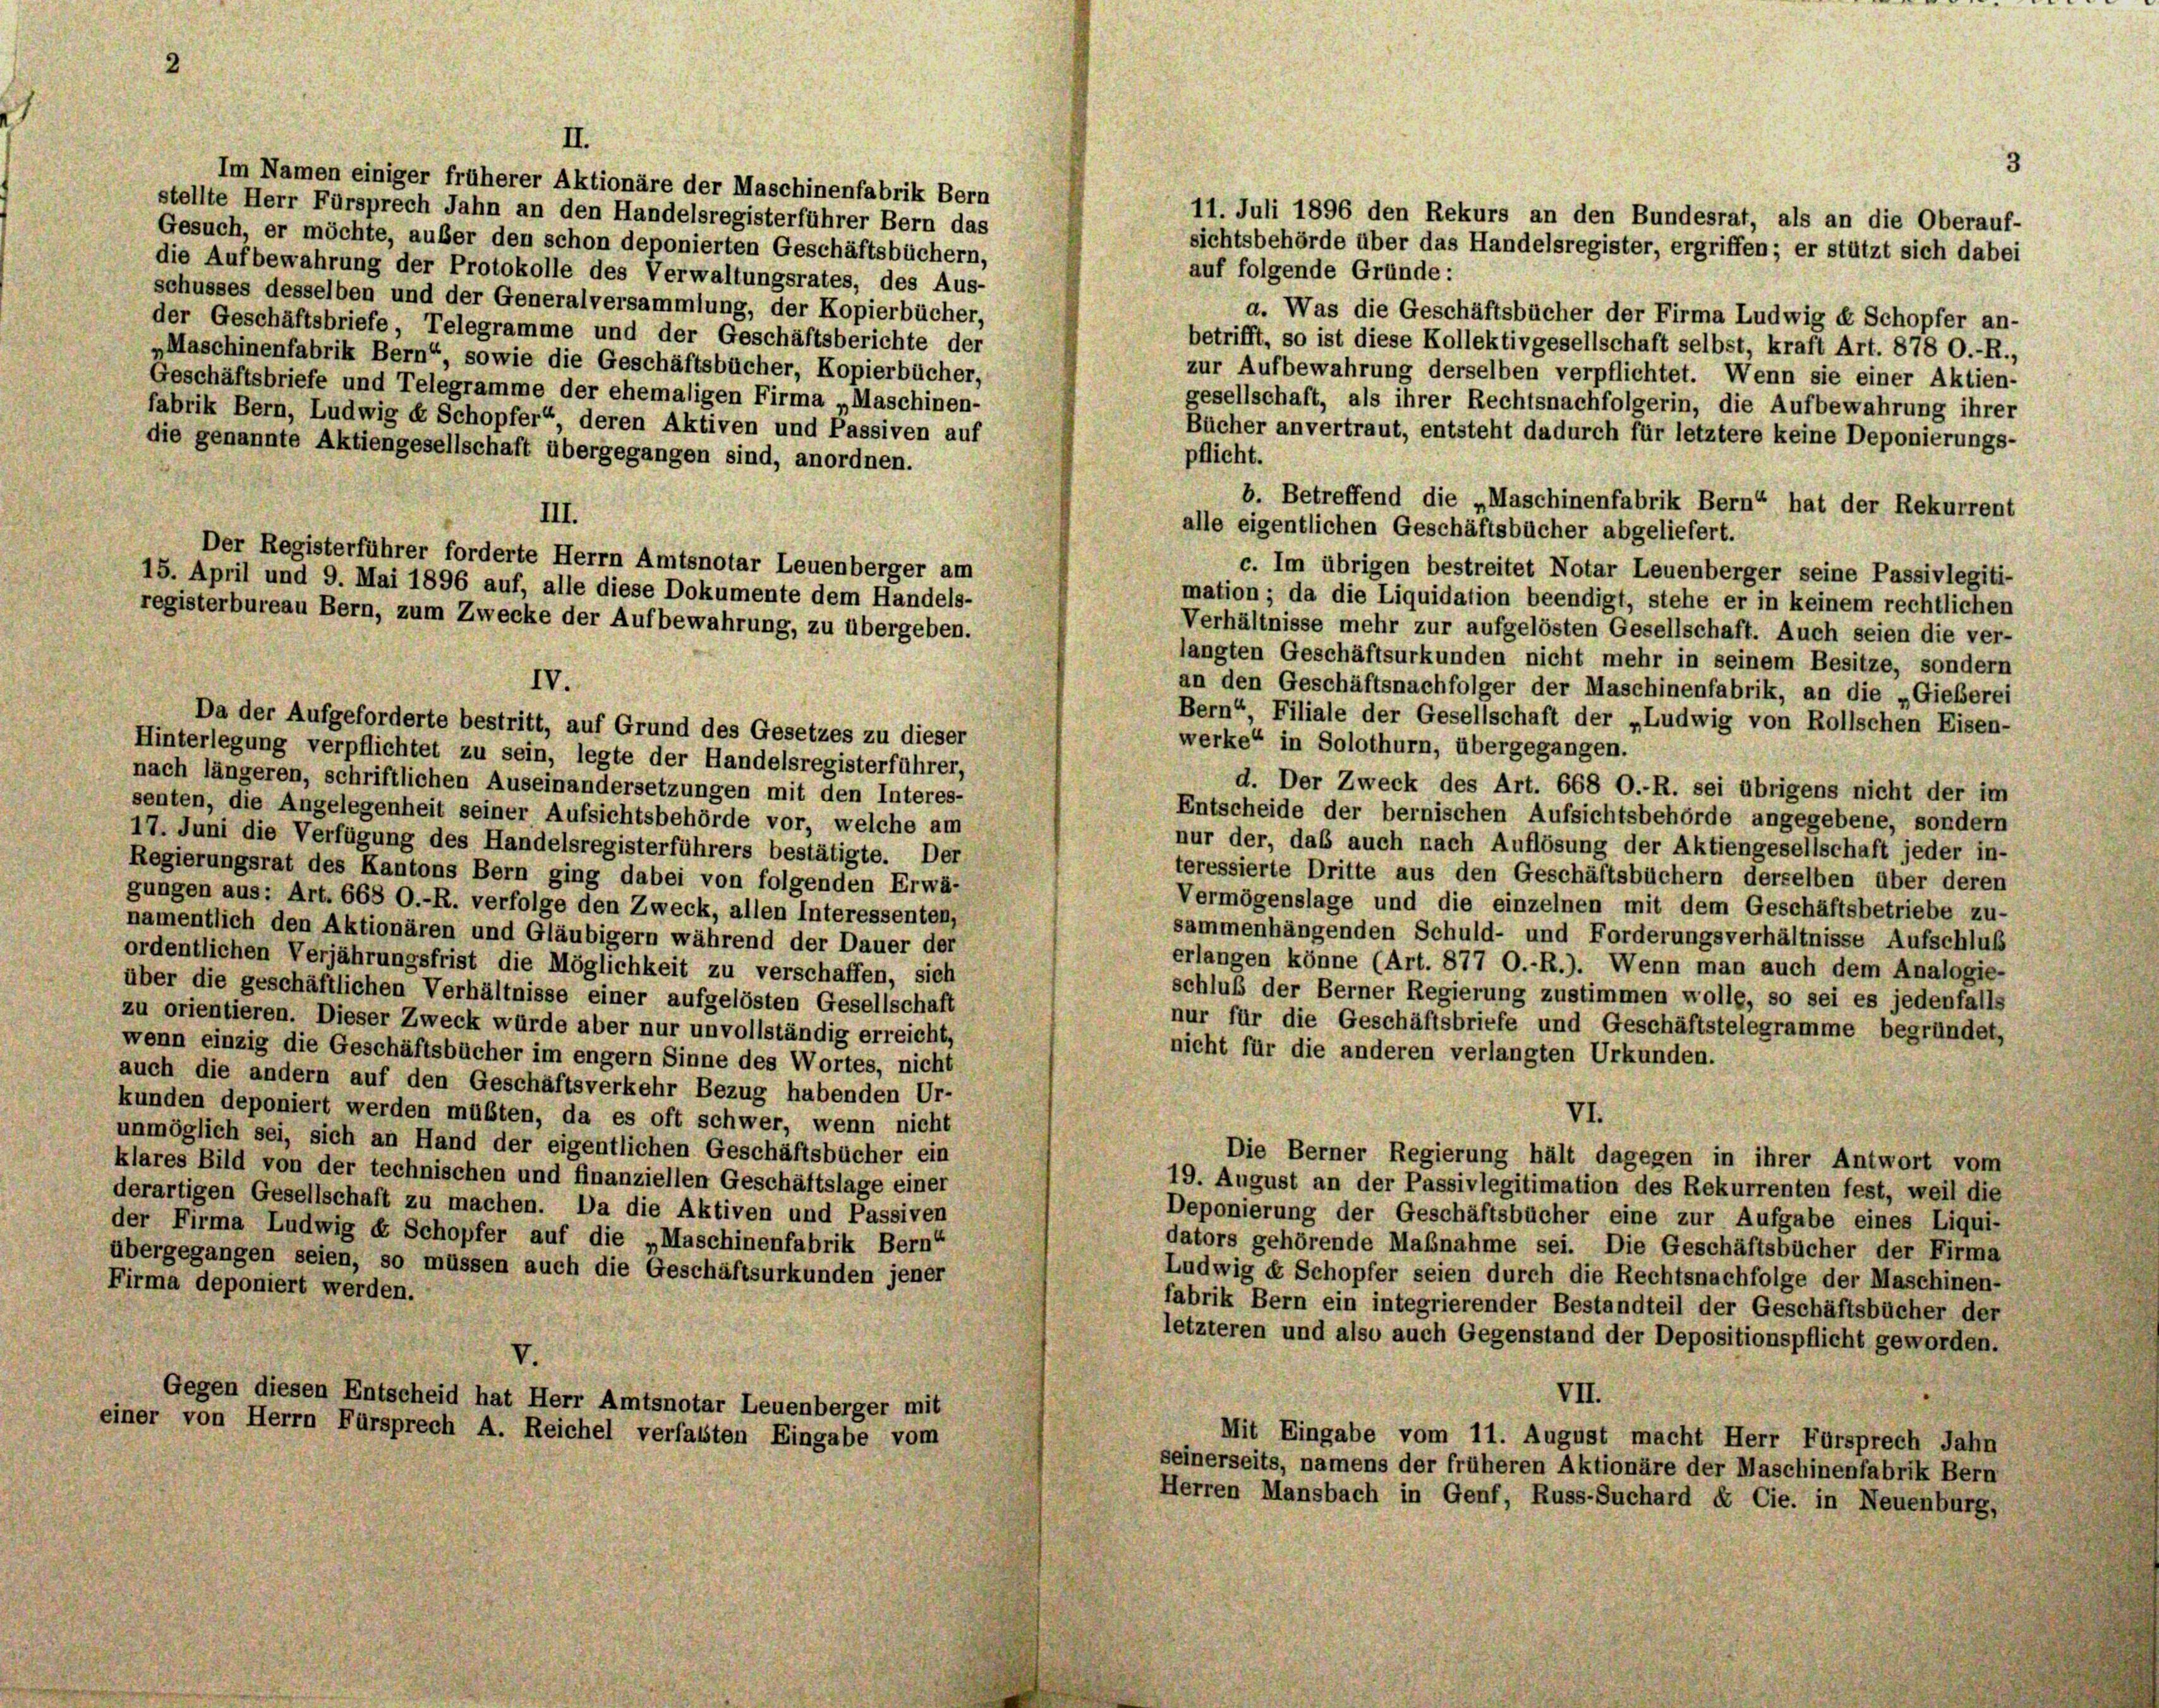
stellte Herr Fürsprech Jahn an den Handelsregisterführer Bern das
11. Juli 1896 den Rekurs an den Bundesrat, als an die Oberauf-
Gesuch, er möchte, außer den schon deponierten Geschäftsbüchern,
sichtsbehörde über das Handelsregister, ergriffen; er stützt sich dabei
auf folgende Gründe:
die Aufbewahrung der Protokolle des Verwaltungsrates, des Aus-
schusses desselben und der Generalversammlung, der Kopierbücher,
a. Was die Geschäftsbücher der Firma Ludwig et Schopfer an-
der Geschäftsbriefe, Telegramme und der Geschäftsberichte der
betrifft, so ist diese Kollektivgesellschaft selbst, kraft Art. 878 O.-R.,
„Maschinenfabrik Bern“, sowie die Geschäftsbücher, Kopierbücher,
zur Aufbewahrung derselben verpflichtet. Wenn sie einer Aktien-
Geschäftsbriefe und Telegramme der ehemaligen Firma „Maschinen-
gesellschaft, als ihrer Rechtsnachfolgerin, die Aufbewahrung ihrer
fabrik Bern, Ludwig dr Schopfer“ deren Aktiven und Passiven auf
Bücher anvertraut, entsteht dadurch für letztere keine Deponierungs-
die genannte Aktiengesellschaft übergegangen sind, anordnen.
pflicht.
b. Betreffend die „Maschinenfabrik Bern“ hat der Rekurrent
III.
alle eigentlichen Geschäftsbücher abgeliefert.
Der Registerführer forderte Herrn Amtsnotar Leuenberger am
c. Im übrigen bestreitet Notar Leuenberger seine Passivlegiti-
15. April und 9. Mai 1896 auf, alle diese Dokumente dem Handels-
mation ; da die Liquidation beendigt, stehe er in keinem rechtlichen
registerbureau Bern, zum Zwecke der Aufbewahrung, zu übergeben.
Verhältnisse mehr zur aufgelösten Gesellschaft. Auch seien die ver-
langten Geschäftsurkunden nicht mehr in seinem Besitze, sondern
an den Geschäftsnachfolger der Maschinenfabrik, an die „Gieberei
Bern“ Filiale der Gesellschaft der „Ludwig von Rollschen Eisen-
Da der Aufgeforderte bestritt, auf Grund des Gesetzes zu dieser
werke“ in Solothurn, übergegangen.
Hinterlegung verpflichtet zu sein, legte der Handelsregisterführer,
nach längeren, schriftlichen Auseinandersetzungen mit den Interes-
d. Der Zweck des Art. 668 O.-R. sei übrigens nicht der im
senten, die Angelegenheit seiner Aufsichtsbehörde vor, welche am
Entscheide der bernischen Aufsichtsbehörde angegebene, sondern
17. Juni die Verfügung des Handelsregisterführers bestätigte. Der
nur der, das auch nach Auflösung der Aktiengesellschaft jeder in-
Regierungsrat des Kantons Bern ging dabei von folgenden Erwä-
teressierte Dritte aus den Geschäftsbüchern derselben über deren
gungen aus: Art. 668 O.-R. verfolge den Zweck, allen Interessenten,
Vermögenslage und die einzelnen mit dem Geschäftsbetriebe zu-
namentlich den Aktionären und Gläubigern während der Dauer der
sammenhängenden Schuld- und Forderungsverhältnisse Aufschluß
ordentlichen Verjährungsfrist die Möglichkeit zu verschaffen, sich
erlangen könne (Art. 877 O.-R.). Wenn man auch dem Analogie-
über die geschäftlichen Verhältnisse einer aufgelösten Gesellschaft
schluß der Berner Regierung zustimmen wolle, so sei es jedenfalls
zu orientieren. Dieser Zweck würde aber nur unvollständig erreicht,
nur für die Geschäftsbriefe und Geschäftstelegramme begründet,
nicht für die anderen verlangten Urkunden.
wenn einzig die Geschäftsbücher im engem Sinne des Wortes, nicht
auch die andern auf den Geschäftsverkehr Bezug habenden Ur-
VI.
kunden deponiert werden müßten, da es oft schwer, wenn nicht
unmöglich sei, sich an Hand der eigentlichen Geschäftsbücher ein
Die Berner Regierung hält dagegen in ihrer Antwort vom
klares Bild von der technischen und finanziellen Geschäftslage einer
19. August an der Passivlegitimation des Rekurrenten fest, weil die
derartigen Gesellschaft zu machen. Da die Aktiven und Passiven
Deponierung der Geschäftsbücher eine zur Aufgabe eines Liqui-
der Firma Ludwig ex Schopfer auf die „Maschinenfabrik Bern“
dators gehörende Maßnahme sei. Die Geschäftsbücher der Firma
übergegangen seien, so müssen auch die Geschäftsurkunden jener
Ludwig er Schopfer seien durch die Rechtsnachfolge der Maschinen-
Firma deponiert werden.
fabrik Bern ein integrierender Bestandteil der Geschäftsbücher der
letzteren und also auch Gegenstand der Depositionspflicht geworden.
V.
VII.
Gegen diesen Entscheid hat Herr Amtsnotar Leuenberger mit
einer von Herrn Fürsprech A. Reichel verfassten Eingabe vom
Mit Eingabe vom 11. August macht Herr Fürsprech Jahn
seinerseits, namens der früheren Aktionäre der Maschinenfabrik Bern
Herren Mansbach in Genf, Russ-Suchard & Cie. in Neuenburg,

2

Im Namen einiger früherer Aktionäre der Maschinenfabrik Bern

II.

IV.

3